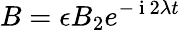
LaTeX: B=\epsilon B_{2}e^{-\mathrm{~i~}2\lambda t}